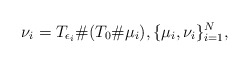
\begin{align*}{} \nu_{i}=T_{\epsilon_i}\#(T_0\#\mu_i), \{\mu_i,\nu_i\}_{i=1}^N,\end{align*}